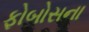
ફોબોસના